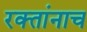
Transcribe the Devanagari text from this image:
रक्‍तांनाच